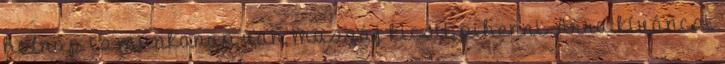
holnap is munkanap van, muszáj kicsit pihenni. Arra kíváncsi